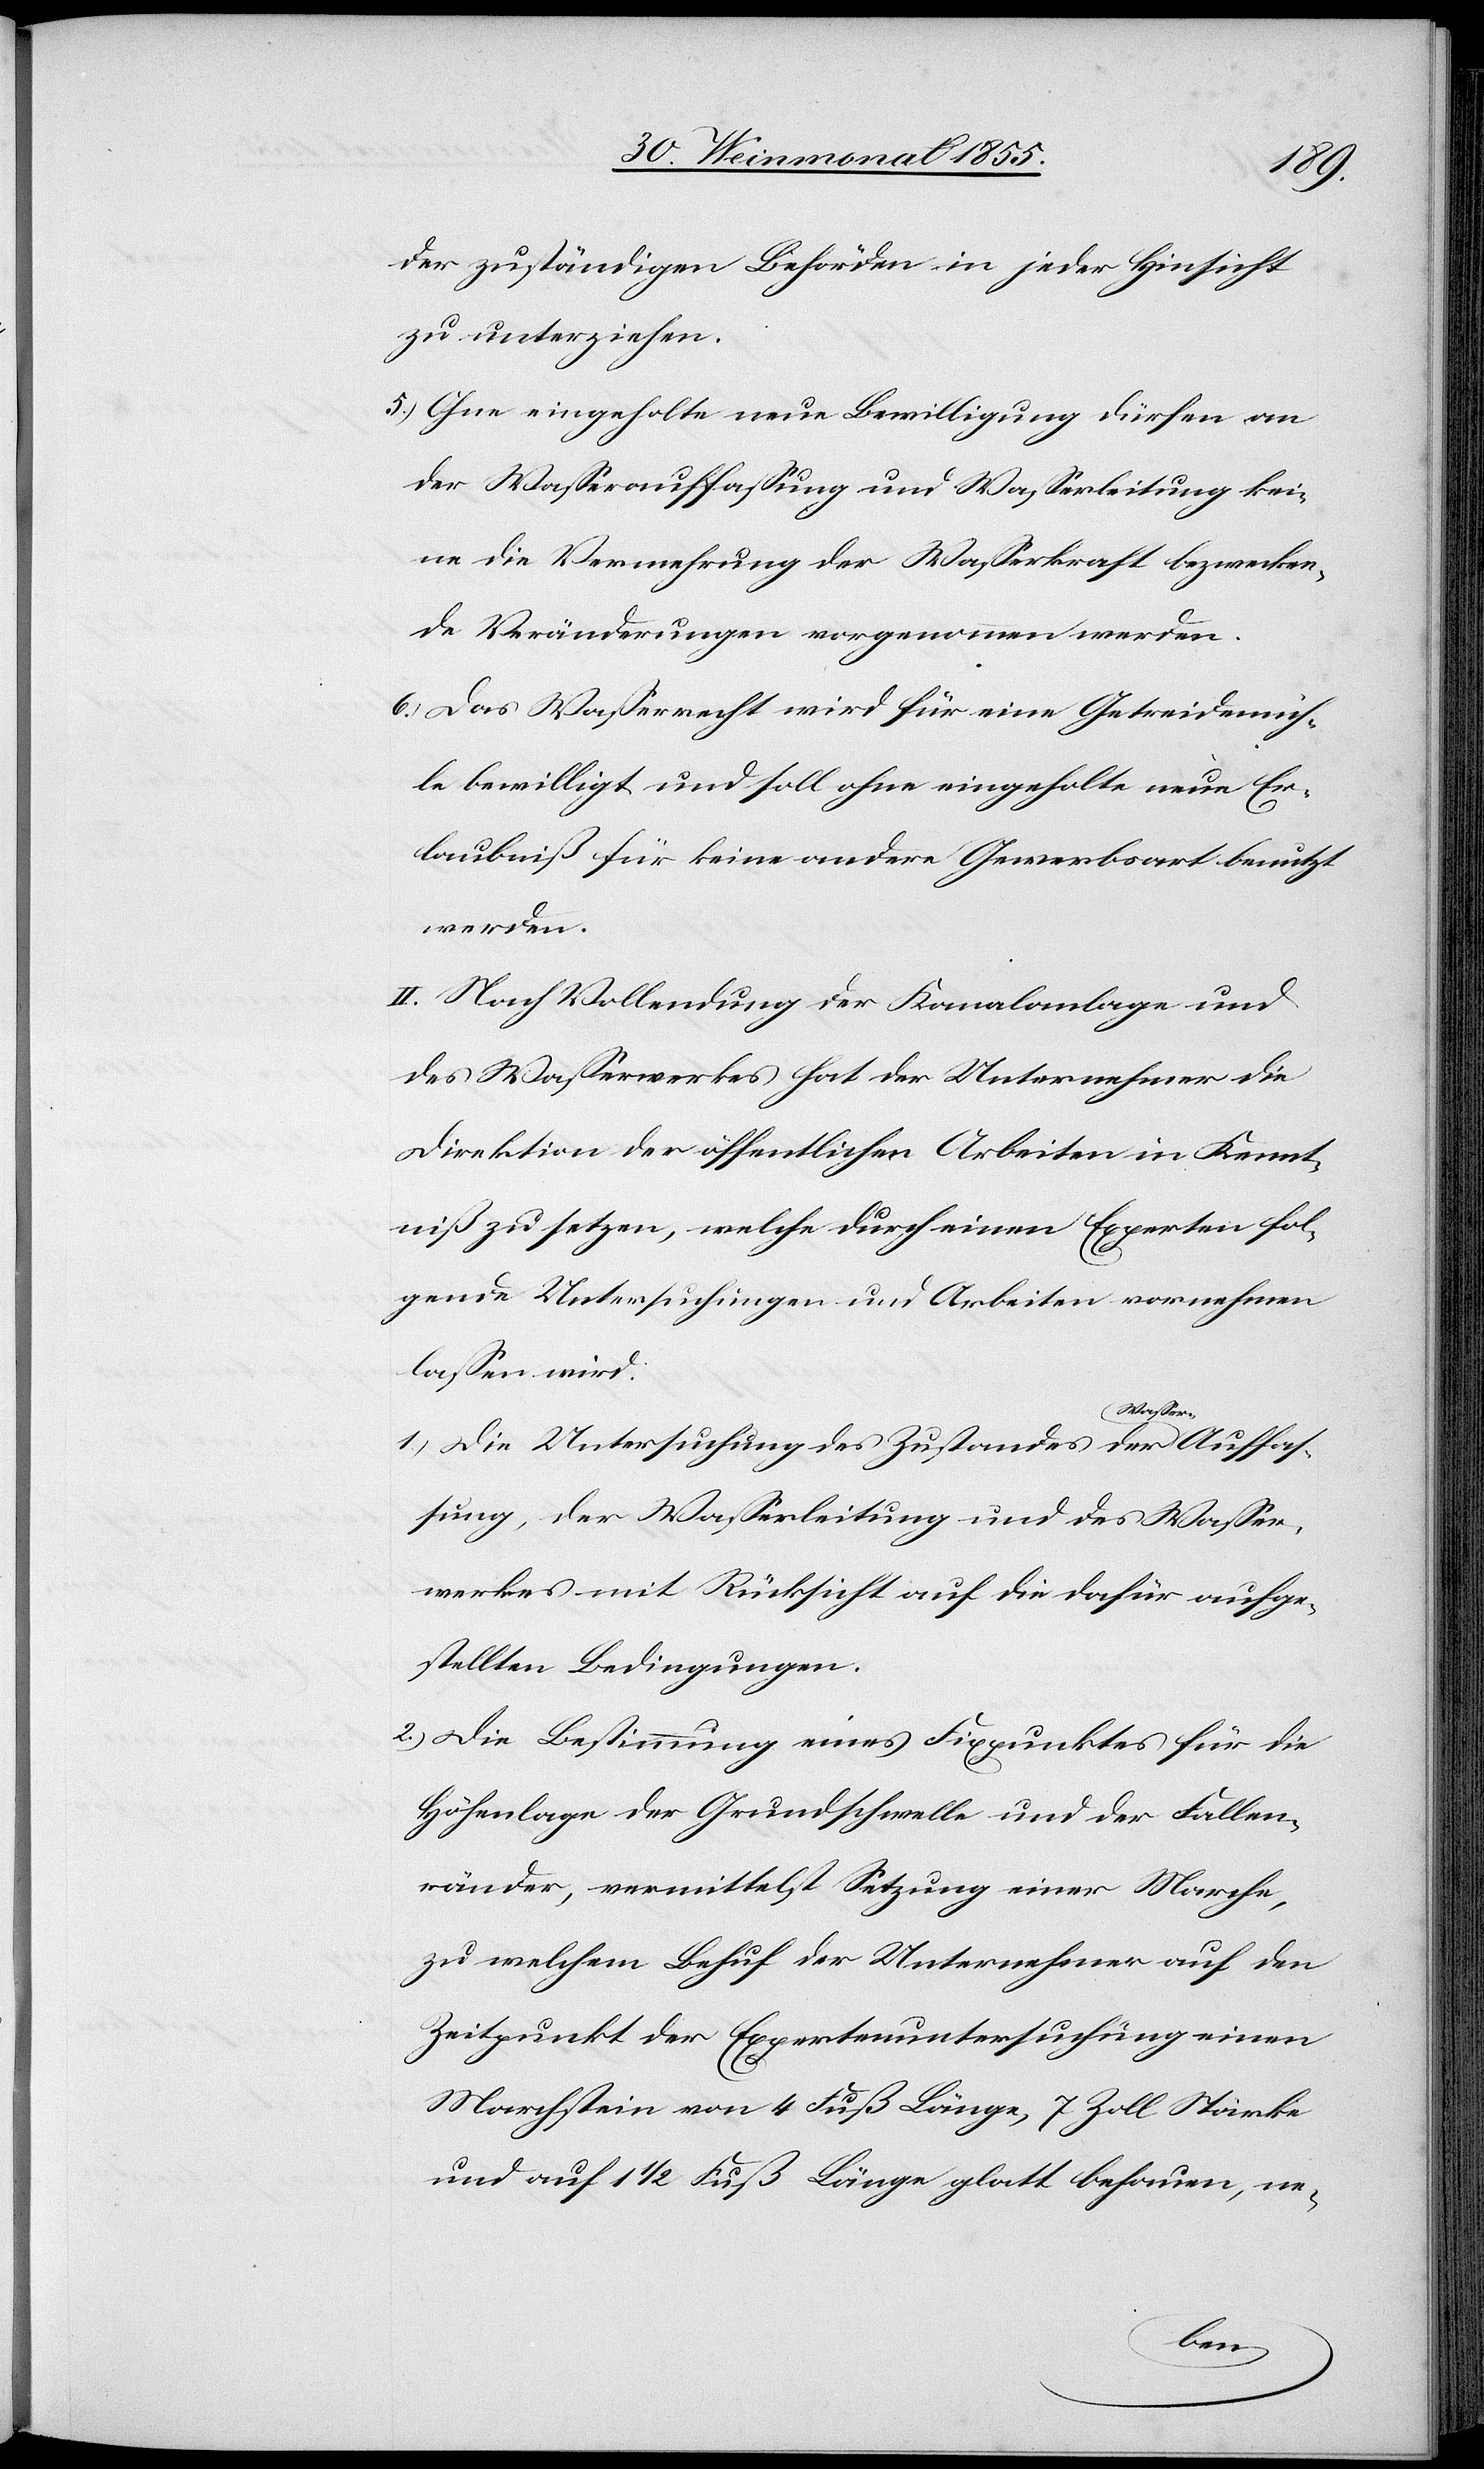
2.)
der zuständigen Behörden in jeder Hinsicht
zu unterziehen.
Ohne eingeholte neue Bewilligung dürfen an
der Wasserauffassung und Wasserleitung kei¬
ne die Vermehrung der Wasserkraft bezwecken¬
de Veränderungen vorgenommen werden.
Das Wasserrecht wird für eine Getreidemüh¬
le bewilligt und soll ohne eingeholte neue Er¬
laubniß für keine andere Gewerbsart benutzt
werden.
II. Nach Vollendung der Kanalanlage und
des Wasserwerkes hat der Unternehmer die
Direktion der öffentlichen Arbeiten in Kennt¬
niß zu setzen, welche durch einen Experten fol¬
gende Untersuchungen und Arbeiten vornehmen
lassen wird:
Die Untersuchung des Zustandes der Wasser-A¬
sung, der Wasserleitung und des Wasser¬
werkes mit Rücksicht auf die dafür aufge¬
stellten Bedingungen.
Die Bestimmung eines Fixpunktes für die
Höhenlage der Grundschwelle und der Fallen¬
ränder, vermittelst Setzung einer Marche,
zu welchem Behuf der Unternehmer auf den
Zeitpunkt der Expertenuntersuchung einen
Marchstein von 4 Fuß Länge, 7 Zoll Stärke
und auf 1 1/2 Fuß Länge glatt behauen, ne-